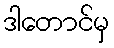
ဒါတောင်မှ